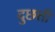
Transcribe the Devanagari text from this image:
दुछत्ती